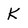
Character: K